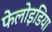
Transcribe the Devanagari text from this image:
फेलोइडिया